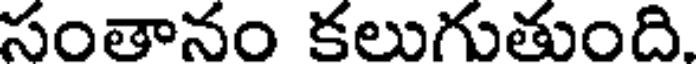
సంతానం కలుగుతుంది.